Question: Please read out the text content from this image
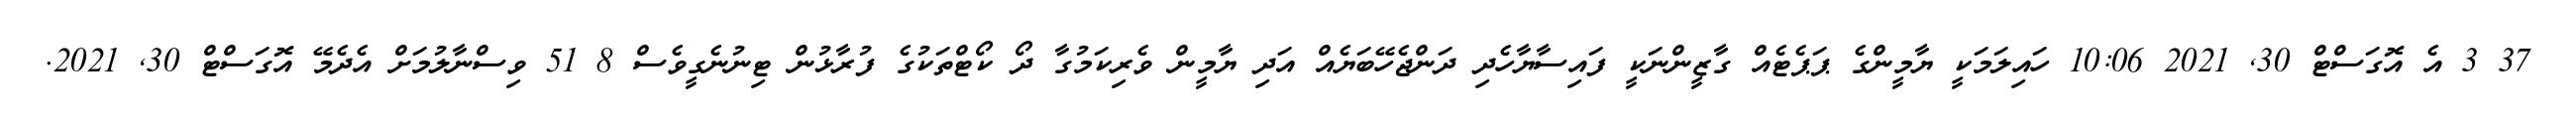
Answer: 37 3 އެ އޮގަސްޓް 30, 2021 10:06 ހައިލަމަކީ ޔާމީންގެ ޕަޕެޓެއް ގާޒީންނަކީ ފައިސާޔާހެދި ދަންޖެހޭބަޔެއް އަދި ޔާމީން ވެރިކަމުގާ ދޯ ކޯޓްތަކުގެ ފުރާޅުން ޓިނުނެގީވެސް 8 51 ވިސްނާލުމަށް އެދެމޭ އޮގަސްޓް 30, 2021.